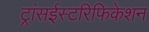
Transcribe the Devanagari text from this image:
ट्रांसईस्टरिफिकेशन